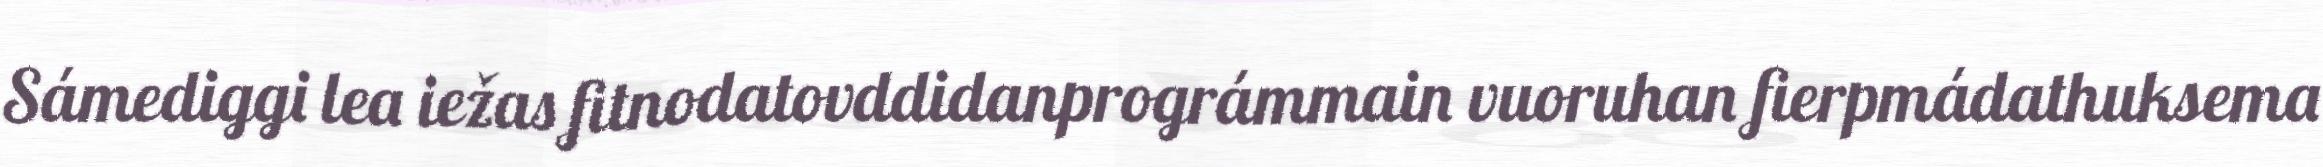
Sámediggi lea iežas fitnodatovddidanprográmmain vuoruhan fierpmádathuksema